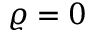
\varrho = 0